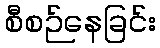
စီစဉ်နေခြင်း